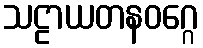
သဠာယတနဝဂ္ဂေ